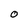
Character: 0